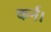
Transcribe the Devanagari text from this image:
कर्न।